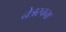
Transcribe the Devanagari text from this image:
नेत्ररचना